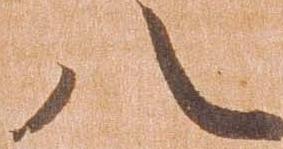
八